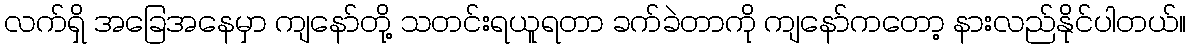
လက်ရှိ အခြေအနေမှာ ကျနော်တို့ သတင်းရယူရတာ ခက်ခဲတာကို ကျနော်ကတော့ နားလည်နိုင်ပါတယ်။